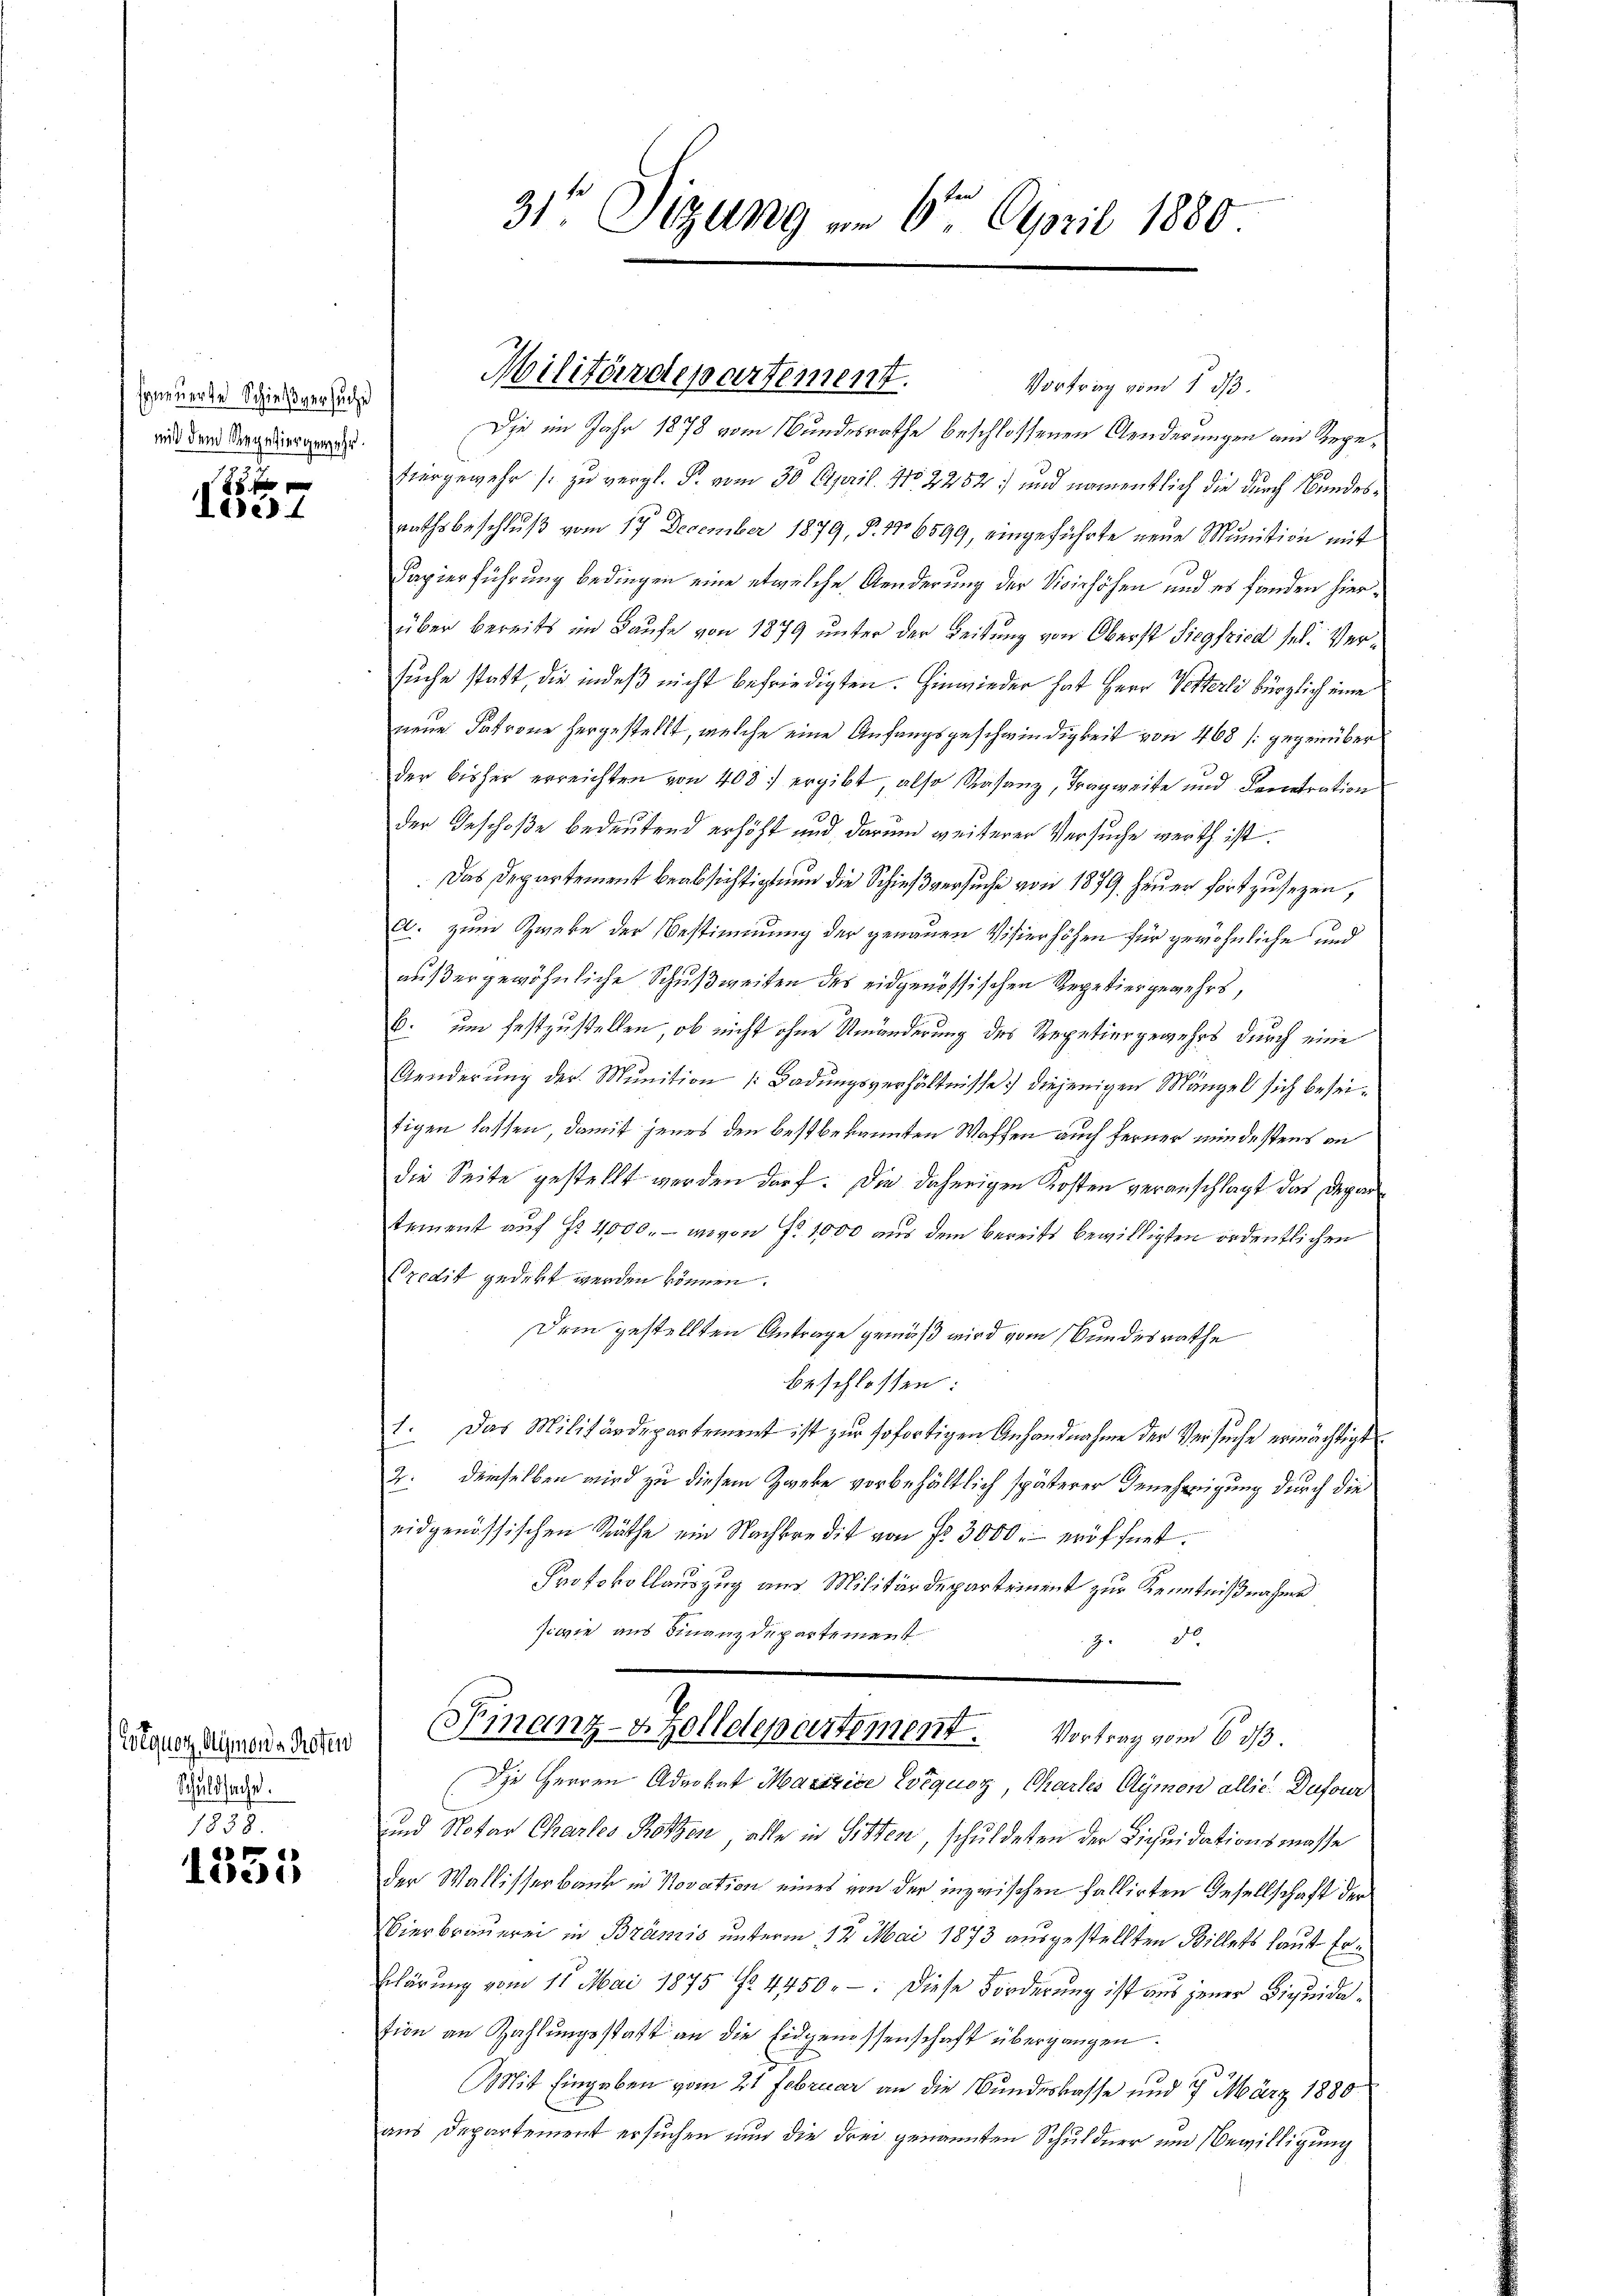
sgneuerte Schießversuche
mit dem Repetiergewehr.

55 x
loest

Wotquos Aymona Rosen
Schuldsache.

1838
7
de

31te Sitzung am 6ten April 1880.

Militärdepartement.

Vortrag vom 1. ds.
Die im Jahr 1878 vom Bundesrathe beschlossenen Aenderungen am Regefürgewehr zu vergl. P. vom 30. April. 1702252) und namentlich die durch Bundesrathsbeschluß vom 17. December 1879, §. 1706599, eingeführte neue Munition mit
Papierführung bedingen eine etwelche Aenderung der Vicinhöhen und es fänden hierüber bereits im Laufe von 1879 unter der Leitung von Oberst Siegfried sel. Versuche statt, die indeß nicht befriedigten. Hinwieder hat Herr Vetterli kürzlich eine
neue Patrone hergestellt, welche eine Anfangsgeschwindigkeit von 468 [gegenüber
der bisher erreichten von 400 ergibt, also Rasanz, Tragweite und Fenstration
der Geschoße bedeutend erhöht und darum weiterer Versuche werth ist.
Das Departement beabsichtigten die Schießversuche von 1879. Feuer fortzusezen,
E. zum Zweke der Bestimmung der genauen Visierhöhen für gewöhnliche und
außer gewöhnliche Schußweiten des eidgenössischen Repetiergewehrs,
b. um festzustellen, ob nicht ohne Umänderung des Repetiergewehrs durch eine
Aenderŭng der Munition (Badŭngsverhältnisse diejenigen Mängel sich beseitigen lassen, damit jenes den bestbekannten Waffen auch ferner mindestens an
die Seite gestellt werden darf. Die daherigen Kosten veranschlagt das Departement auf Fr. 4000. - wovon Fr. 1000 aus dem bereits bewilligten ordentlichen
Predit gedekt werden können.
Dem gestellten Antrage gemäß wird vom Bundesrathe
beschlossen:
1. Das Militärdepartement ist zur sofortigen Anhandnahme der Versuche ermächtigt.
2: demselben wird zu diesem Zweke vorbehältlich späterer Genehmigung durch die
eidgenössischen Räthe ein Nachkredit von Fr. 3000. eröffnet.
Protokollauszug aus Militärdepartement zur Kenntnißnahme
sowie aus Finanzdepartement
z. 30
Finanz-Zolldepartement. Vortrag vom 6 1/3.
Die Herren Advokat Martice liquor, Chartes Aymon allie. Dufour
und Notar Charles Rotzen, alle in Sitten, schuldeten der Liquidationsmasse
der Wallisserbank in Novation eines von der inzwischen Fallirten Gesellschaft der
Bierbrauerei in Branzis unterm 12. Mai 1873 ausgestellten Billets laut Er¬
Elärung vom 11. Mai 1875 No 4450. : Diese Forderung ist aus jener Liquidation an Zahlungsstatt an die Eidgenossenschaft übergangen.
Mit Eingaben vom 21 Februar an die Bundeskasse und 7. März 1880.
aus Departement ersuchen nun die drei genannten Schuldner und Bewilligung